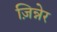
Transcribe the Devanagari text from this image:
ज़िन्नेर